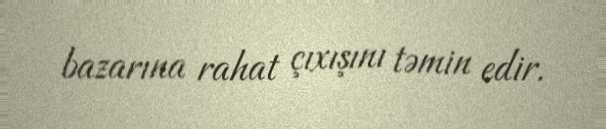
bazarına rahat çıxışını təmin edir.